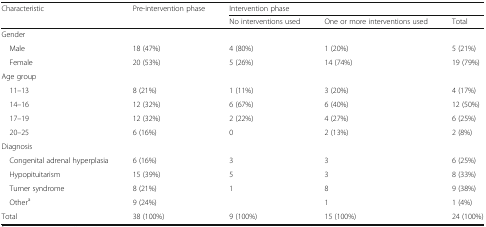
| Characteristic | Pre-intervention phase | <COLSPAN=3> Intervention phase |
 |  |  | No interventions used | One or more interventions used | Total |
 | --- | --- | --- | --- | --- |
 | <COLSPAN=5> Gender |
 | Male | 18 (47%) | 4 (80%) | 1 (20%) | 5 (21%) |
 | Female | 20 (53%) | 5 (26%) | 14 (74%) | 19 (79%) |
 | <COLSPAN=5> Age group |
 | 11–13 | 8 (21%) | 1 (11%) | 3 (20%) | 4 (17%) |
 | 14–16 | 12 (32%) | 6 (67%) | 6 (40%) | 12 (50%) |
 | 17–19 | 12 (32%) | 2 (22%) | 4 (27%) | 6 (25%) |
 | 20–25 | 6 (16%) | 0 | 2 (13%) | 2 (8%) |
 | <COLSPAN=5> Diagnosis |
 | Congenital adrenal hyperplasia | 6 (16%) | 3 | 3 | 6 (25%) |
 | Hypopituitarism | 15 (39%) | 5 | 3 | 8 (33%) |
 | Turner syndrome | 8 (21%) | 1 | 8 | 9 (38%) |
 | Othera | 9 (24%) |  | 1 | 1 (4%) |
 | Total | 38 (100%) | 9 (100%) | 15 (100%) | 24 (100%) |